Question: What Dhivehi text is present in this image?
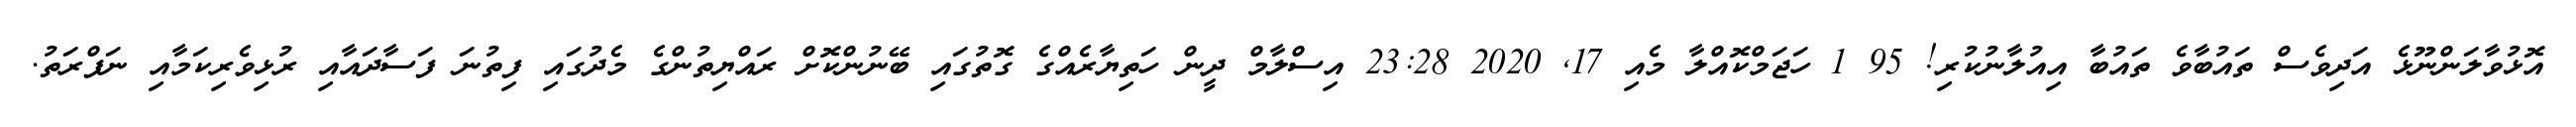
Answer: އޮޅުވާލަންނޫޅެ އަދިވެސް ތައުބާވެ ތައުބާ އިއުލާނުކުރި! 95 1 ހަޖަމްކޮއްލާ މެއި 17, 2020 23:28 އިސްލާމް ދީން ހަތިޔާރެއްގެ ގޮތުގައި ބޭނުންކޮށް ރައްޔިތުންގެ މެދުގައި ފިތުނަ ފަސާދައާއި ރުޅިވެރިކަމާއި ނަފްރަތު.